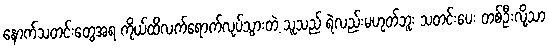
နောက်သတင်းတွေအရ ကိုယ်ထိလက်ရောက်လုပ်သွားတဲ့ သူသည် ရဲလည်းမဟုတ်ဘူး သတင်းပေး တစ်ဦးလို့သာ